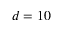
d = 1 0